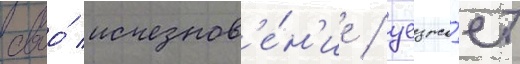
своо́ исчезнов'е́н'ие / уезжа́ет